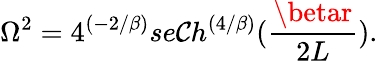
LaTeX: \Omega^{2}=4^{(-2/\beta)}se\mathcal{C}h^{\left({4/\beta}\right)}({\frac{{\betar}}{{2L}}}).